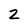
Character: 2